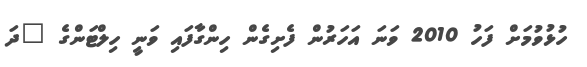
ހުޅުވުމަށް ފަހު 2010 ވަނަ އަހަރުން ފެށިގެން ހިންގާފައި ވަނީ ހިލްޓަންގެ "ދަ